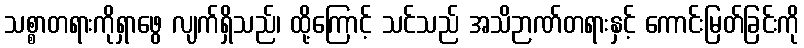
သစ္စာတရားကိုရှာဖွေ လျက်ရှိသည်၊ ထို့ကြောင့် သင်သည် အသိဉာဏ်တရားနှင့် ကောင်းမြတ်ခြင်းကို